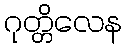
ဂုတ္တိလေန